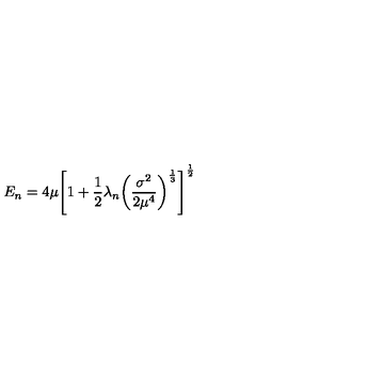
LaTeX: E _ { n } = 4 \mu { \left[ 1 + \frac { 1 } { 2 } \lambda _ { n } { \left( \frac { \sigma ^ { 2 } } { 2 \mu ^ { 4 } } \right) } ^ { \frac { 1 } { 3 } } \right] } ^ { \frac { 1 } { 2 } }